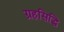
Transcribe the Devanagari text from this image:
ग्रहसिद्धि